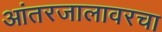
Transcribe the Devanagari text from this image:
आंतरजालावरचा